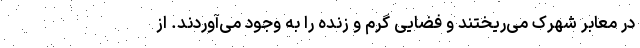
در معابر شهرک می‌ریختند و فضایی گرم و زنده را به وجود می‌آوردند. از